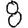
Digit: 8